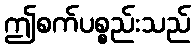
ဤစက်ပစ္စည်းသည်